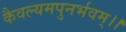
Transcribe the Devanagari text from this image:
कैवल्यमपुनर्भवम्‌।।